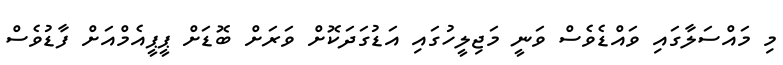
މި މައްސަލާގައި ވައްޑެވެސް ވަނީ މަޖިލީހުގައި އަޑުގަދަކޮށް ވަރަށް ބޮޑަށް ޕީޕީއެމްއަށް ފާޑުވެސް